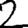
Digit: 2